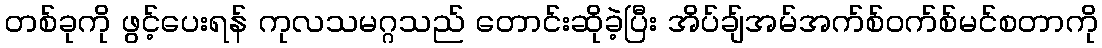
တစ်ခုကို ဖွင့်ပေးရန် ကုလသမဂ္ဂသည် တောင်းဆိုခဲ့ပြီး အိပ်ချ်အမ်အက်စ်ဝက်စ်မင်စတာကို